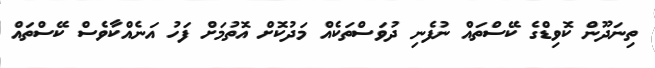
ތިނަދޫން ކޮވިޑްގެ ކޭސްތައް ނުފެނި ދުވަސްތަކެެއް މަދުކޮށް އޮތުމަށް ފަހު އަނެއްކާވެސް ކޭސްތައް